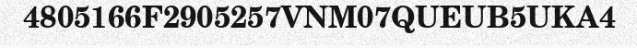
4805166F2905257VNM07QUEUB5UKA4